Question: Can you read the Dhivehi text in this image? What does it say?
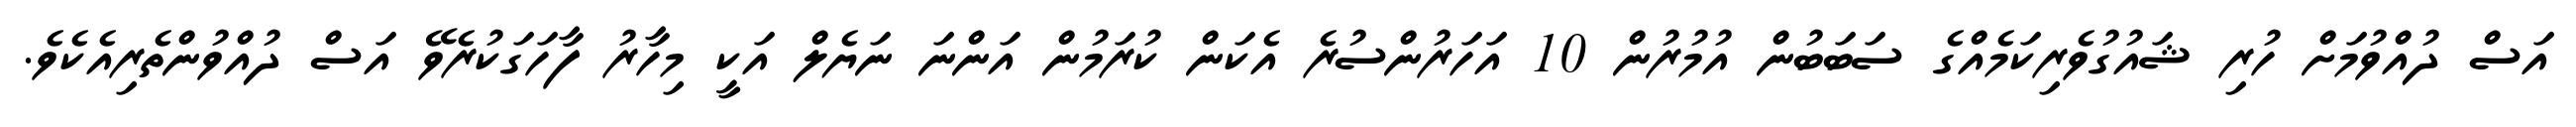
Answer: އަސް ދުއްވުމަށް ހުރި ޝައުގުވެރިކަމެއްގެ ސަބަބުން އުމުރުން 10 އަހަރުންސުރެ އެކަން ކުރަމުން އަންނަ ނަޔެލް އަކީ މިހާރު ފާހަގަކުރެވޭ އަސް ދުއްވުންތެރިއެކެވެ.